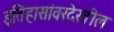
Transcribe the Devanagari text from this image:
इतिहासांवरदेखील